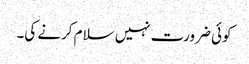
کوئی ضرورت نہیں سلام کرنے کی۔